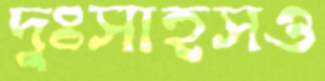
দুঃসাহসও